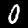
Digit: 0